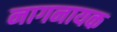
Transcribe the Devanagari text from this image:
नागनायक